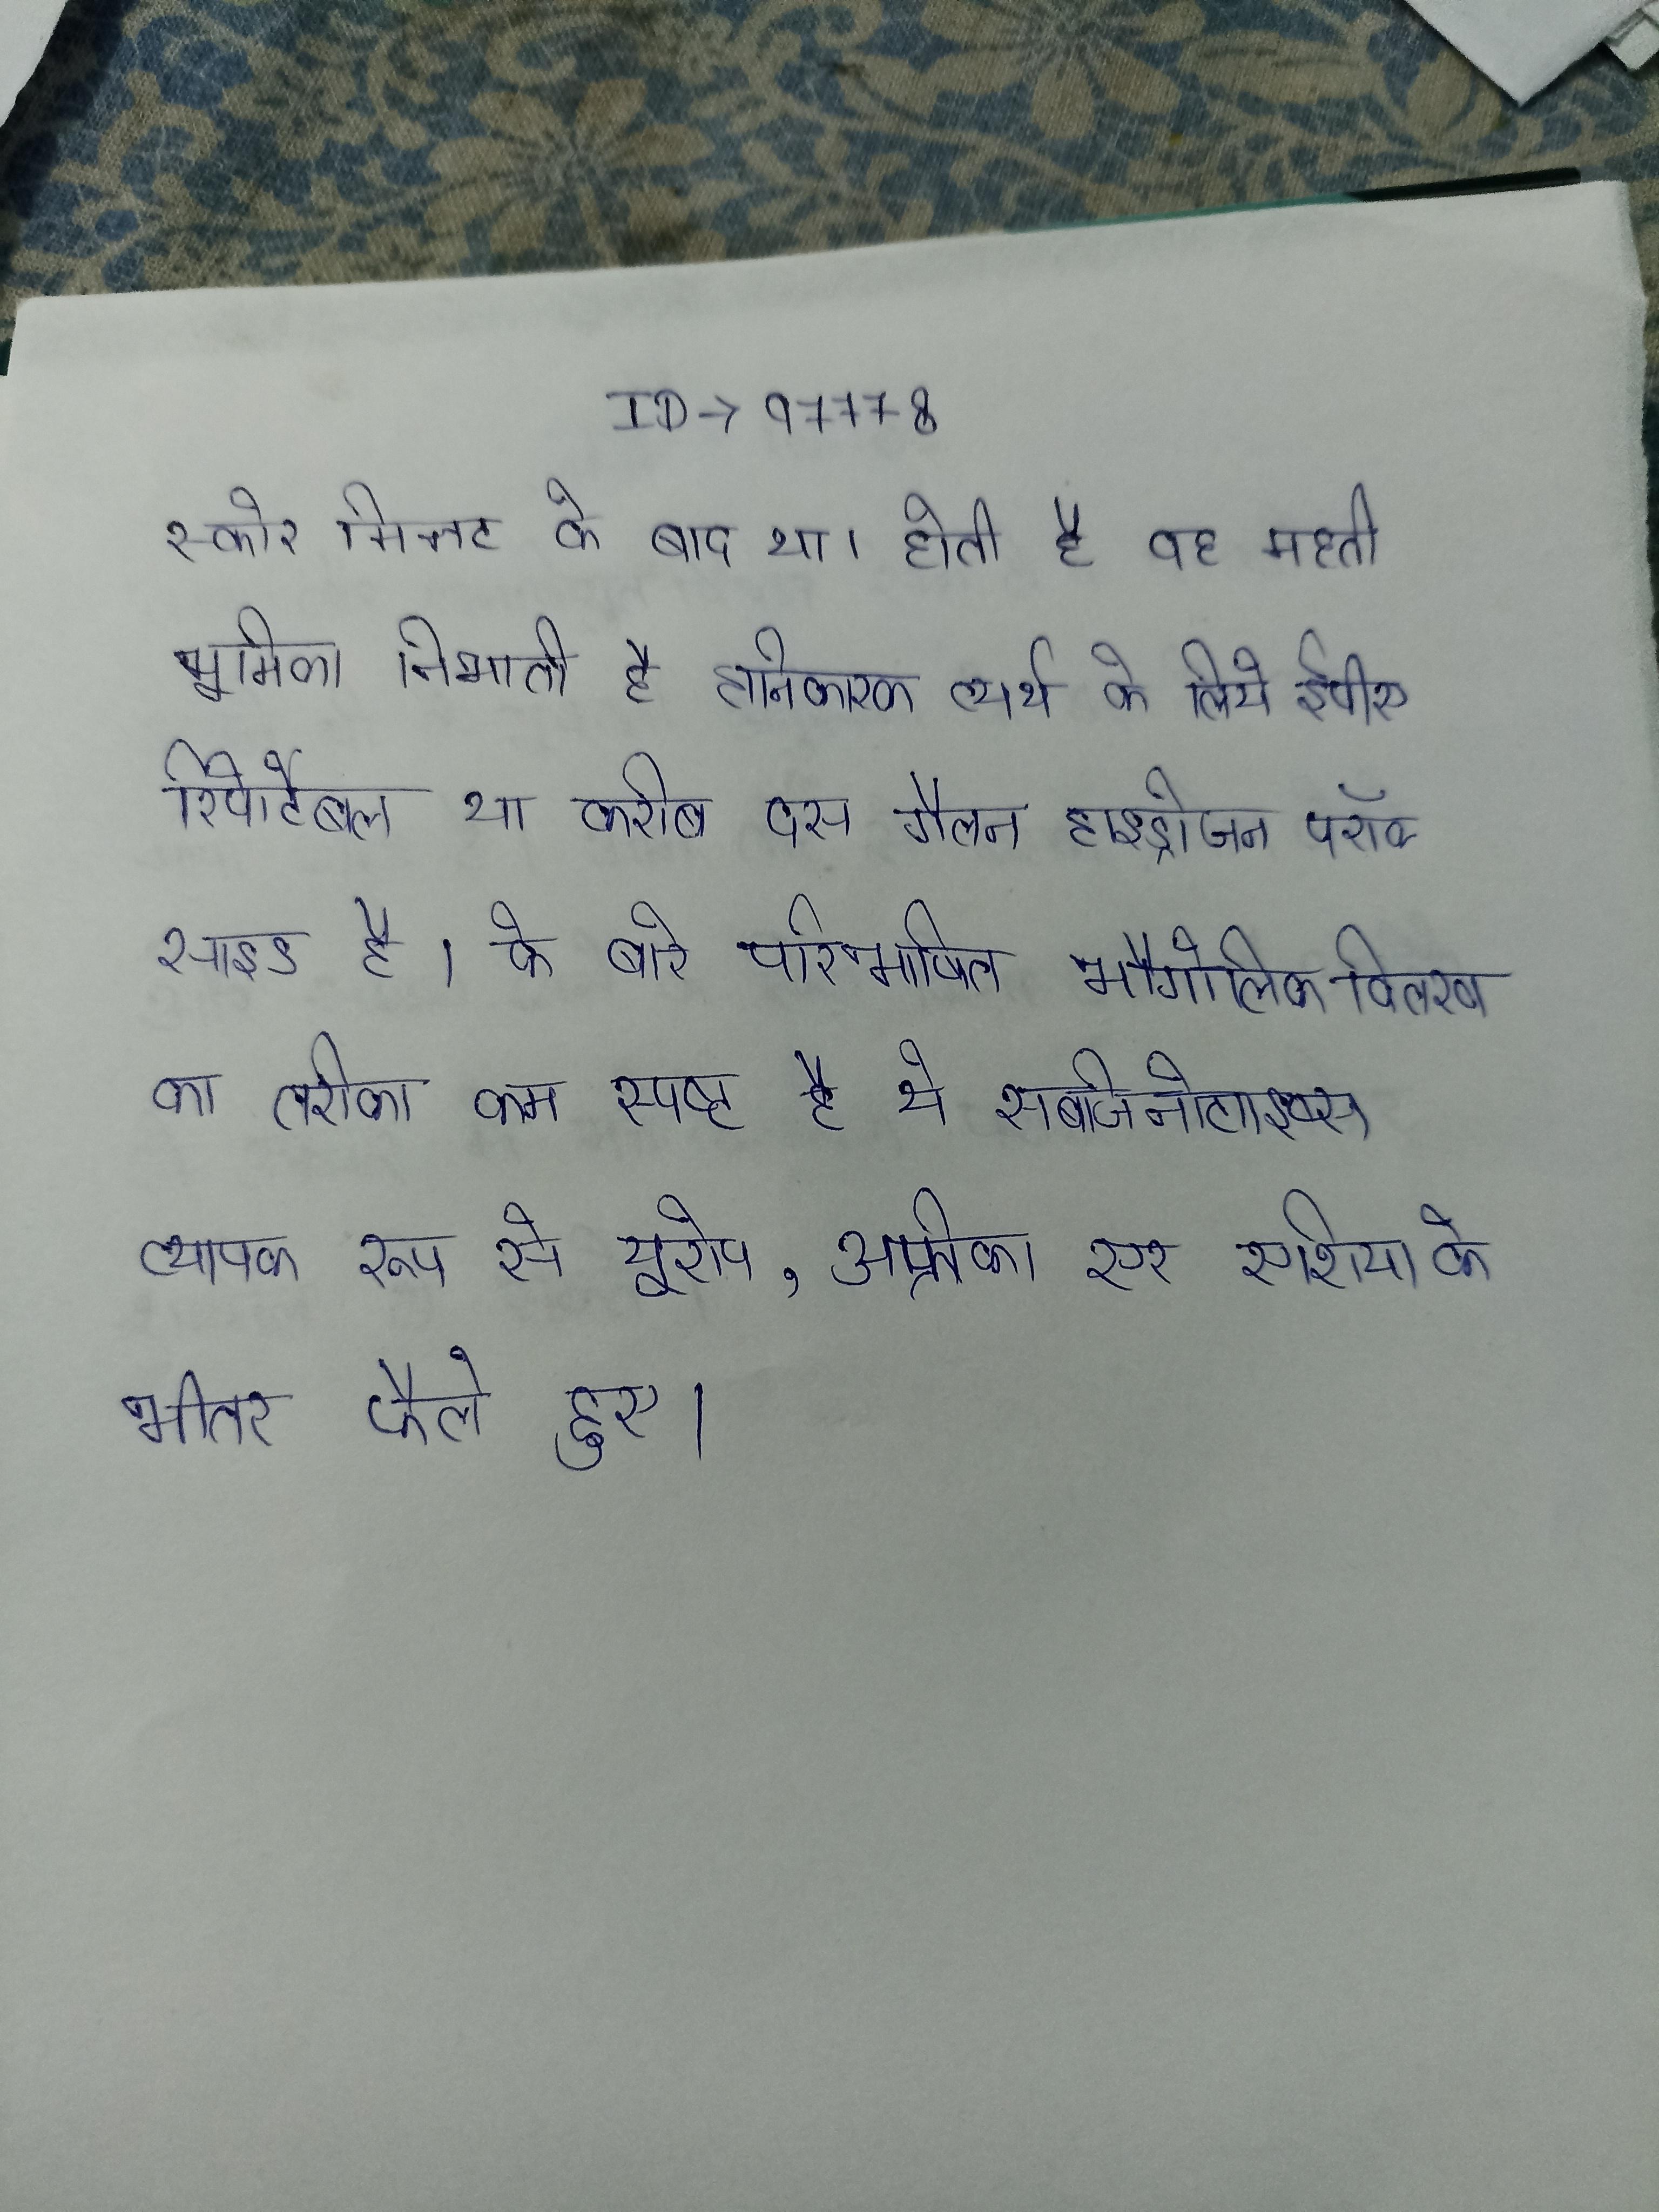
स्कोर मिनट के बाद था । होती है वह महती भूमिका निभाती है । हानिकारक व्यर्थ के लिये ईपीए रिपोर्टेबल या करीब दस गैलन हाइड्रोजन परॉक्साइड है । के बारे परिभाषित भौगोलिक वितरण का तरीका कम स्पष्ट है ये सबजिनोटाइप्स व्यापक रूप से यूरोप, अफ्रीका और एशिया के भीतर फैले हुए ।